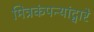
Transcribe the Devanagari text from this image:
मित्रकंपन्यांद्वारे